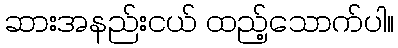
ဆားအနည်းငယ် ထည့်သောက်ပါ။